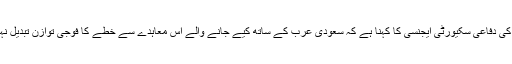
پینٹاگون کی دفاعی سکیورٹی ایجنسی کا کہنا ہے کہ سعودی عرب کے ساتھ کیے جانے والے اس معاہدے سے خطے کا فوجی توازن تبدیل نہیں ہو گا۔